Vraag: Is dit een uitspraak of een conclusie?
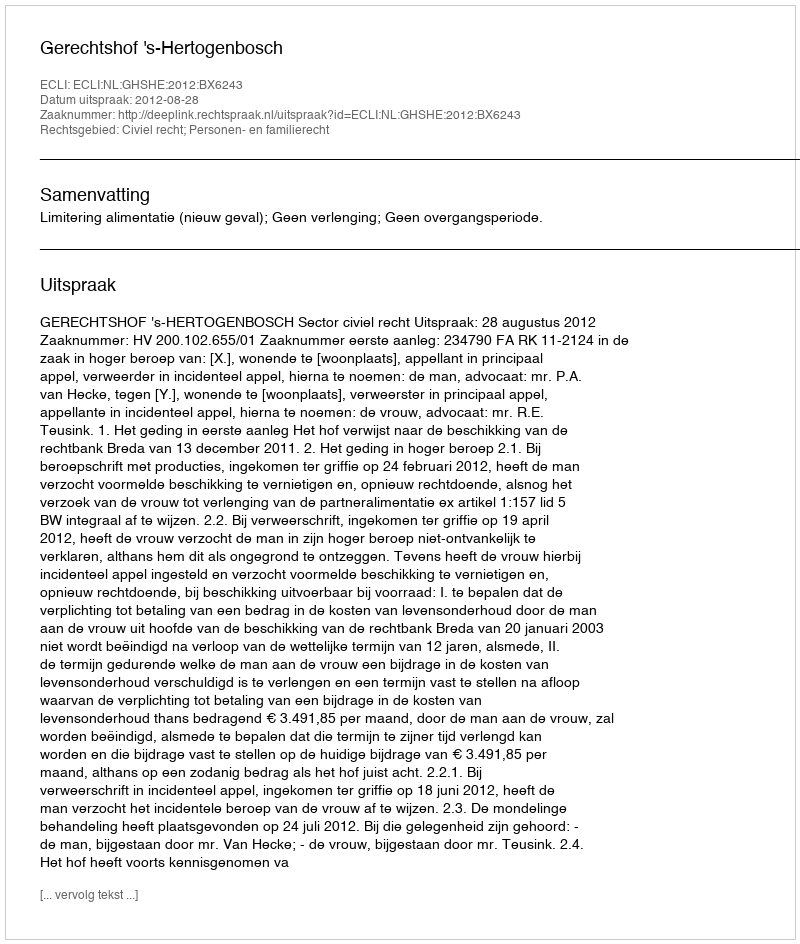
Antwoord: Uitspraak